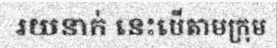
រយនាក់ នេះបើតាមក្រុម